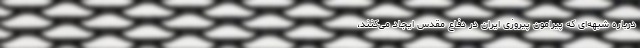
درباره شبهه‌ای که پیرامون پیروزی ایران در دفاع مقدس ایجاد می‌کنند،‌